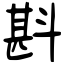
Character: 斟